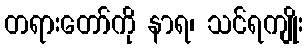
တရားတော်ကို နာရ၊ သင်ရကျိုး